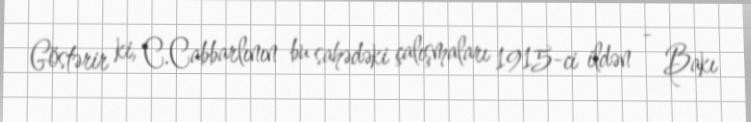
Göstərir ki, C.Cabbarlının bu sahədəki çalışmaları 1915-ci ildən - Bakı